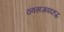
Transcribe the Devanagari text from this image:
ठवसजपदहद्ध